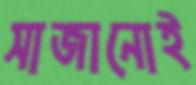
সাজানোই